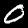
Digit: 0